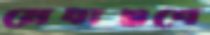
মেধাগুণে